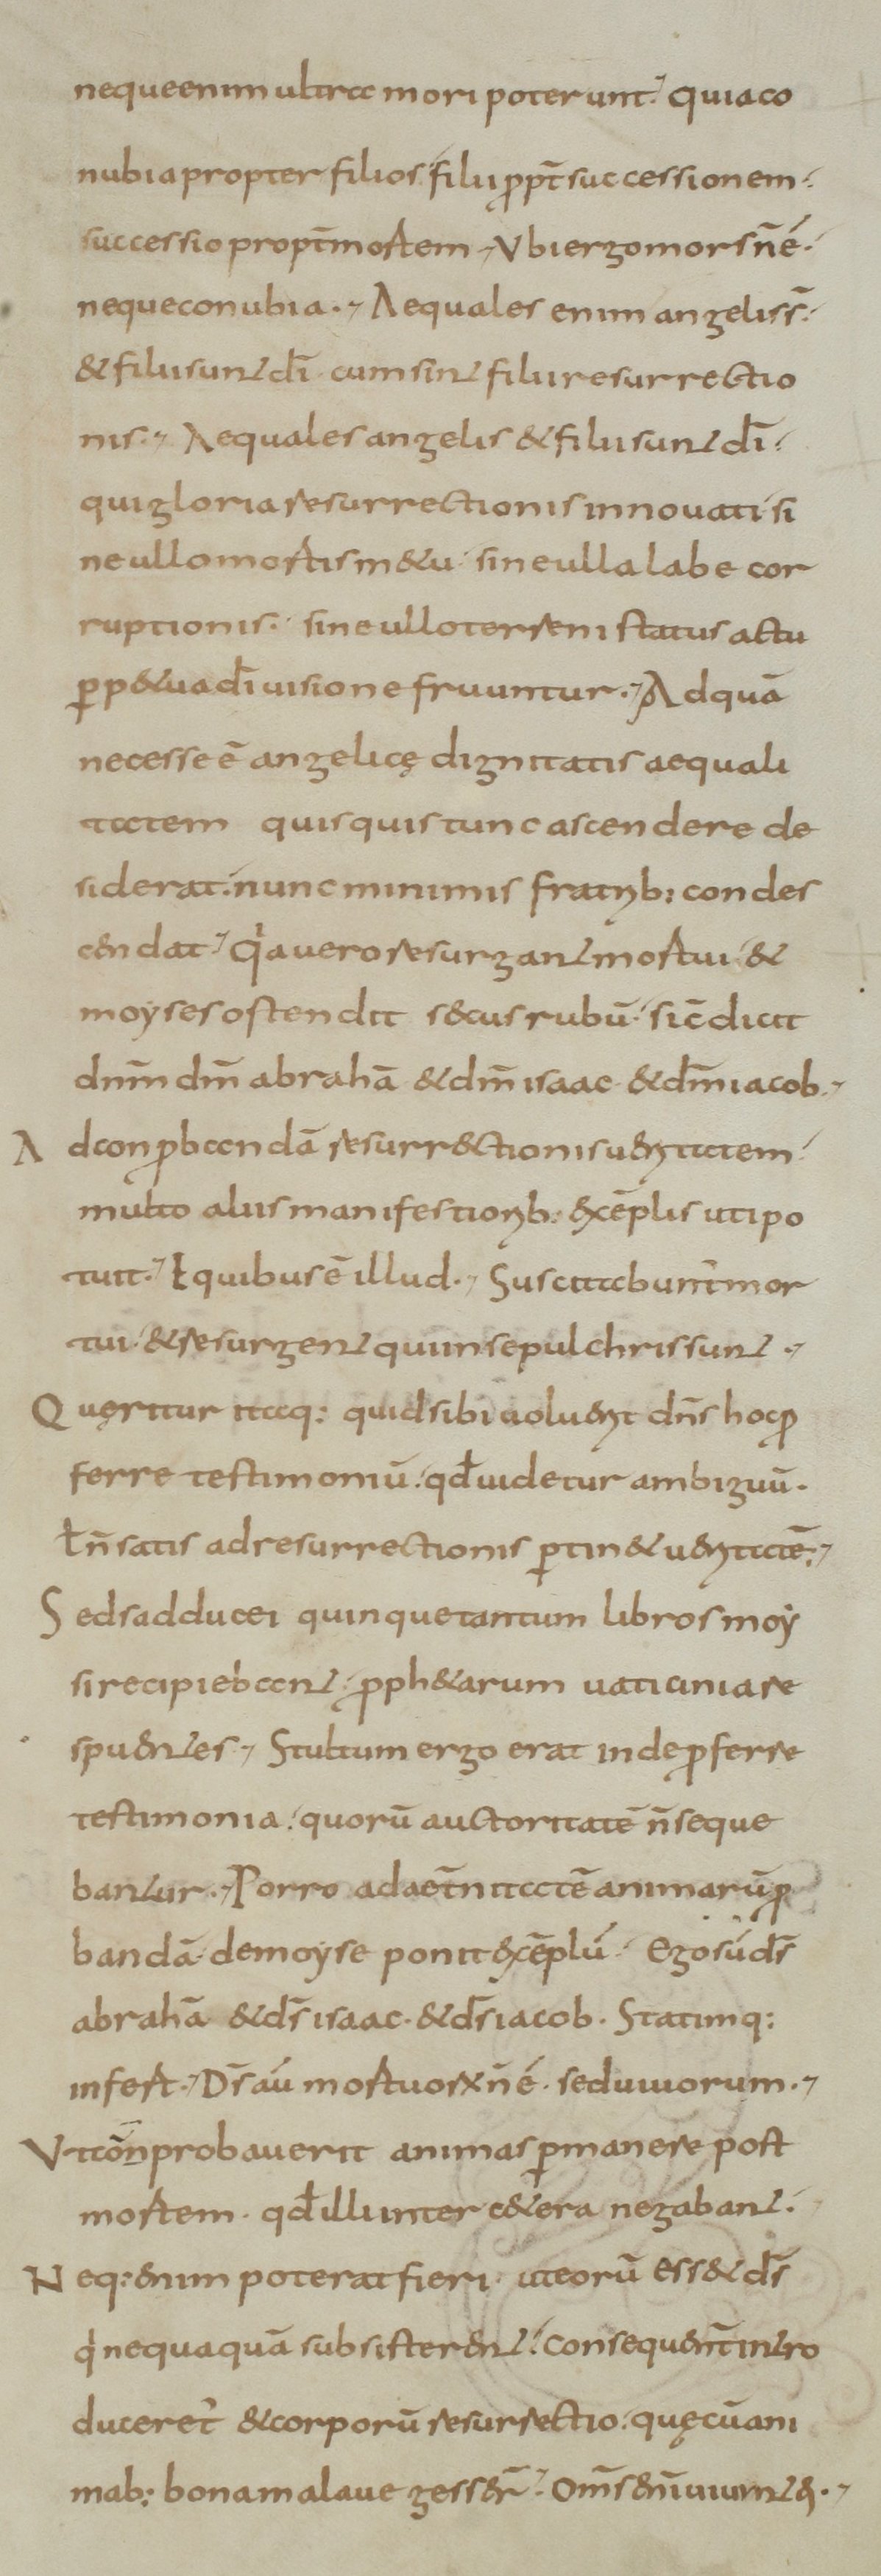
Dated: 800–899